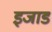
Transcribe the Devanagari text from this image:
इजाड